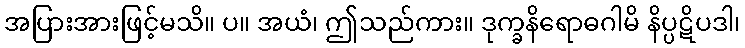
အပြားအားဖြင့်မသိ။ ပ။ အယံ၊ ဤသည်ကား။ ဒုက္ခနိရောဓဂါမိ နိပ္ပဋိပဒါ၊